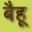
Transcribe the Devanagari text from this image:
बैहू